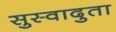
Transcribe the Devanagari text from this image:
सुस्वादुता